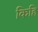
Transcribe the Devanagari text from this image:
किहि